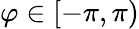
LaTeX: \varphi\in[-\pi,\pi)